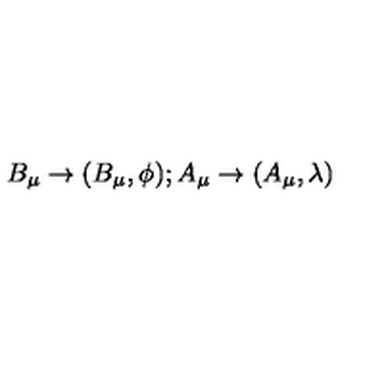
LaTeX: B _ { \mu } \rightarrow ( B _ { \mu } , \phi ) ; A _ { \mu } \rightarrow ( A _ { \mu } , \lambda )